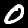
Label: 0